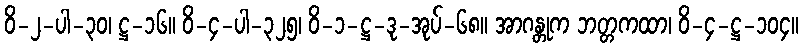
ဝိ-၂-ပါ-၃၀၊ ဋ္ဌ-၁၆။ ဝိ-၄-ပါ-၃၂၅၊ ဝိ-၁-ဋ္ဌ-ဒု-အုပ်-၆၈။ အာဂန္တုက ဘတ္တကထာ၊ ဝိ-၄-ဋ္ဌ-၁၀၄။